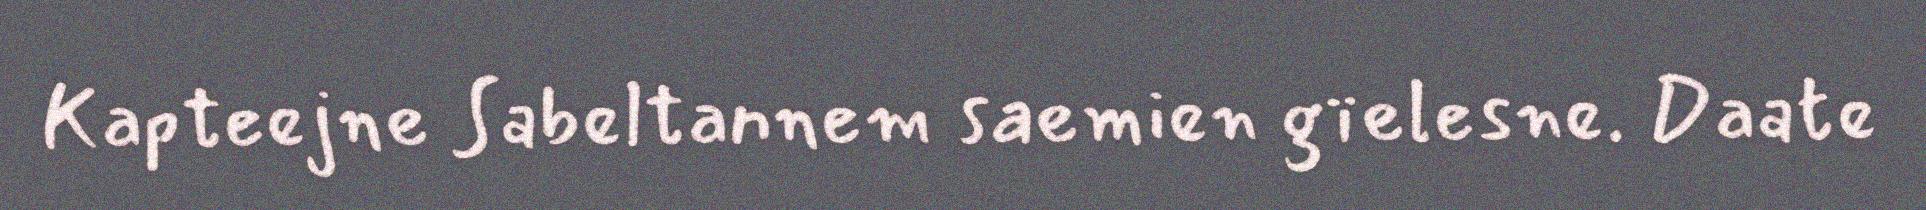
Kapteejne Sabeltannem saemien gïelesne. Daate